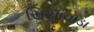
સિયાવાડા